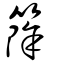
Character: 篨